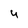
Character: 4